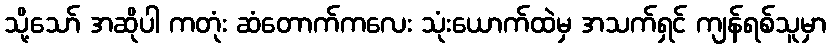
သို့သော် အဆိုပါ ကတုံး ဆံတောက်ကလေး သုံးယောက်ထဲမှ အသက်ရှင် ကျန်ရစ်သူမှာ